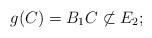
LaTeX: \begin{align*} g(C) = B_1 C \not\subset E_2;\end{align*}